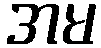
အမ